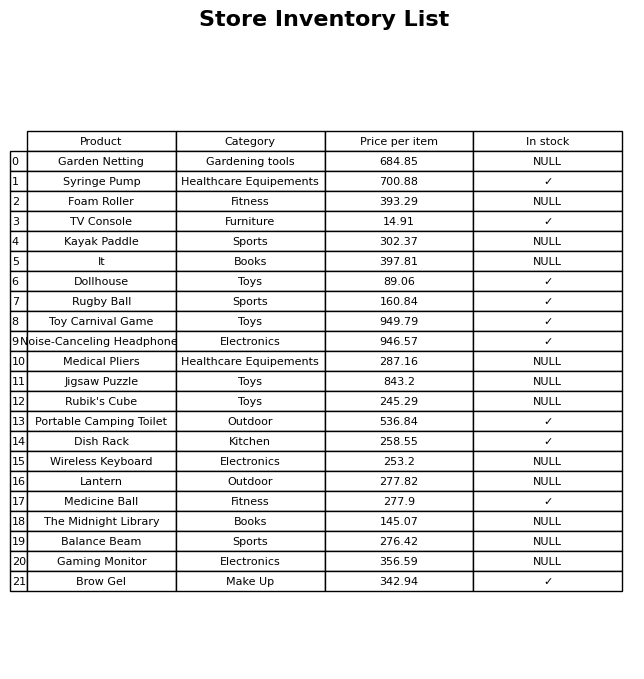
question: What is the price for Toy Carnival Game?
answer: The price of Toy Carnival Game is 949.79.